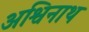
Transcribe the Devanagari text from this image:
अश्विनाथ